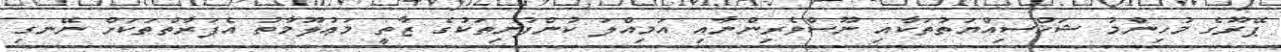
ޕޭރޫގެ މުހިންމު ޝަޚްސިއްޔަތުތަކާއި ނޫސްވެރިންނާއި އަމިއްލަ ކުންފުނިތަކުގެ ޒާތީ މަޢުލޫމާތު އެފަރާތްތަކަށް ނޭނގި